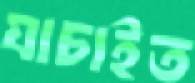
যাচাইত